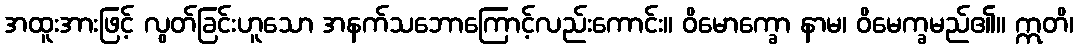
အထူးအားဖြင့် လွတ်ခြင်းဟူသော အနက်သဘောကြောင့်လည်းကောင်း။ ဝိမောက္ခော နာမ၊ ဝိမေက္ခမည်၏။ ဣတိ၊